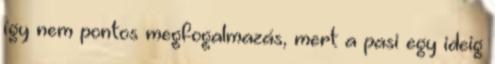
így nem pontos megfogalmazás, mert a pasi egy ideig